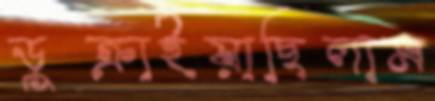
ডুক্‌রাইয়াছিলাম